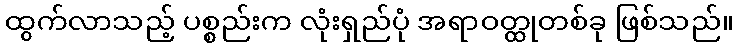
ထွက်လာသည့် ပစ္စည်းက လုံးရှည်ပုံ အရာဝတ္ထုတစ်ခု ဖြစ်သည်။